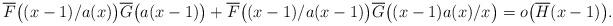
LaTeX: \begin{align*}\overline F\big((x-1)/a(x)\big)\overline G\big(a(x-1)\big)+\overline F\big((x-1)/a(x-1)\big)\overline G\big((x-1)a(x)/x\big)=o\big(\overline{H}(x-1)\big).\end{align*}